Lunatic asylums Central Provinces reports 1886-1894 - 1886-1894
Year: 1886
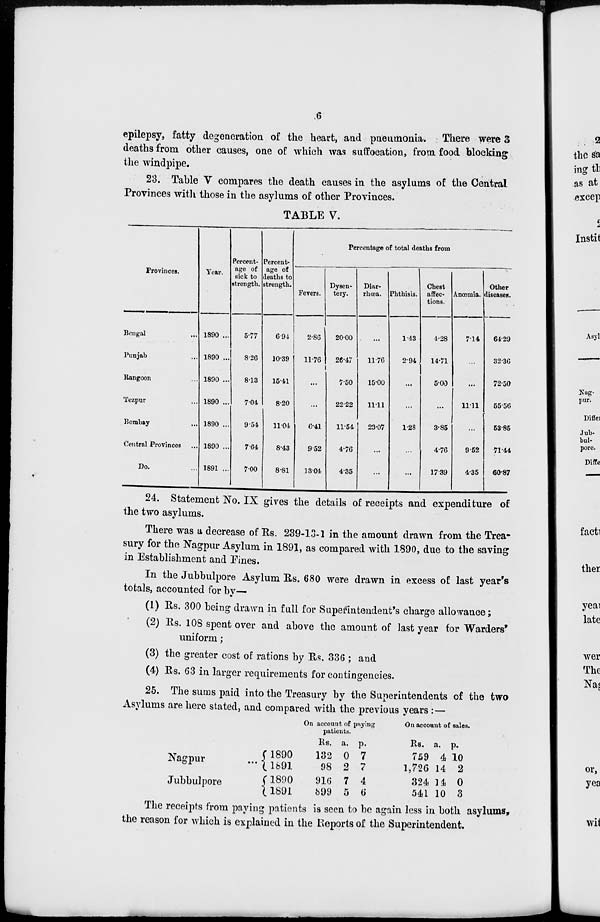
6
epilepsy, fatty degeneration of the heart, and pneumonia. There were 3
deaths from other causes, one of which was suffocation, from food blocking
the windpipe.
23. Table V compares the death causes in the asylums of the Central
Provinces with those in the asylums of other Provinces.
TABLE V.
Provinces.
Bengal ...
Punjab ...
Rangoon ...
Tezpur ...
Bombay ...
Central Provinces ...
Do. ...
Year.
1890 ...
1890 ...
1890 ...
1890 ...
1890 ...
1890 ...
1891 ...
Percent-
age of
sick to
strength.
5.77
8.26
8.13
7.04
9.54
7.64
7.00
Percent-
age of
deaths to
strength.
6.94
10.39
15.41
8.20
11.04
8.43
8.81
Percentage of total deaths from
Fevers.
2.86
11.76
...
...
6.41
9.52
13.04
Dysen-
tery.
20.00
26.47
7.50
22.22
11.54
4.76
4.35
Diar-
rhœa.
...
11.76
15.00
11.11
23.07
...
...
Phthisis.
1.43
2.94
...
...
1.28
...
...
Chest
affec-
tions.
4.28
14.71
5.00
...
3.85
4.76
17.39
Anœmia.
7.14
...
...
11.11
...
9.52
4.35
Other
diseases.
64.29
32.36
72.50
55.56
53.85
71.44
60.87
24. Statement No. IX gives the details of receipts and expenditure of
the two asylums.
There was a decrease of Rs. 239-13-1 in the amount drawn from the Trea-
sury for the Nagpur Asylum in 1891, as compared with 1890, due to the saving
in Establishment and Fines.
In the Jubbulpore Asylum Rs. 680 were drawn in excess of last year's
totals, accounted for by—
(1) Rs. 300 being drawn in full for Superintendent's charge allowance;
(2) Rs. 108 spent over and above the amount of last year for Warders'
uniform;
(3) the greater cost of rations by Rs. 336 ; and
(4) Rs. 63 in larger requirements for contingencies.
25. The sums paid into the Treasury by the Superintendents of the two
Asylums are here stated, and compared with the previous years :—
Nagpur ...
Jubbulpore
1890
1891
1890
1891
On account of paying
patients.
Rs.
132
98
916
899
a.
0
2
7
5
p.
7
7
4
6
On account of sales.
Rs.
759
1,726
324
541
a.
4
14
14
10
p.
10
2
0
3
The receipts from paying patients is seen to be again less in both asylums,
the reason for which is explained in the Reports of the Superintendent.